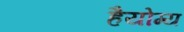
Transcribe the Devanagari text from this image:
हैयोग्य